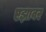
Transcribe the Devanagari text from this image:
एझावर